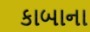
કાબાના